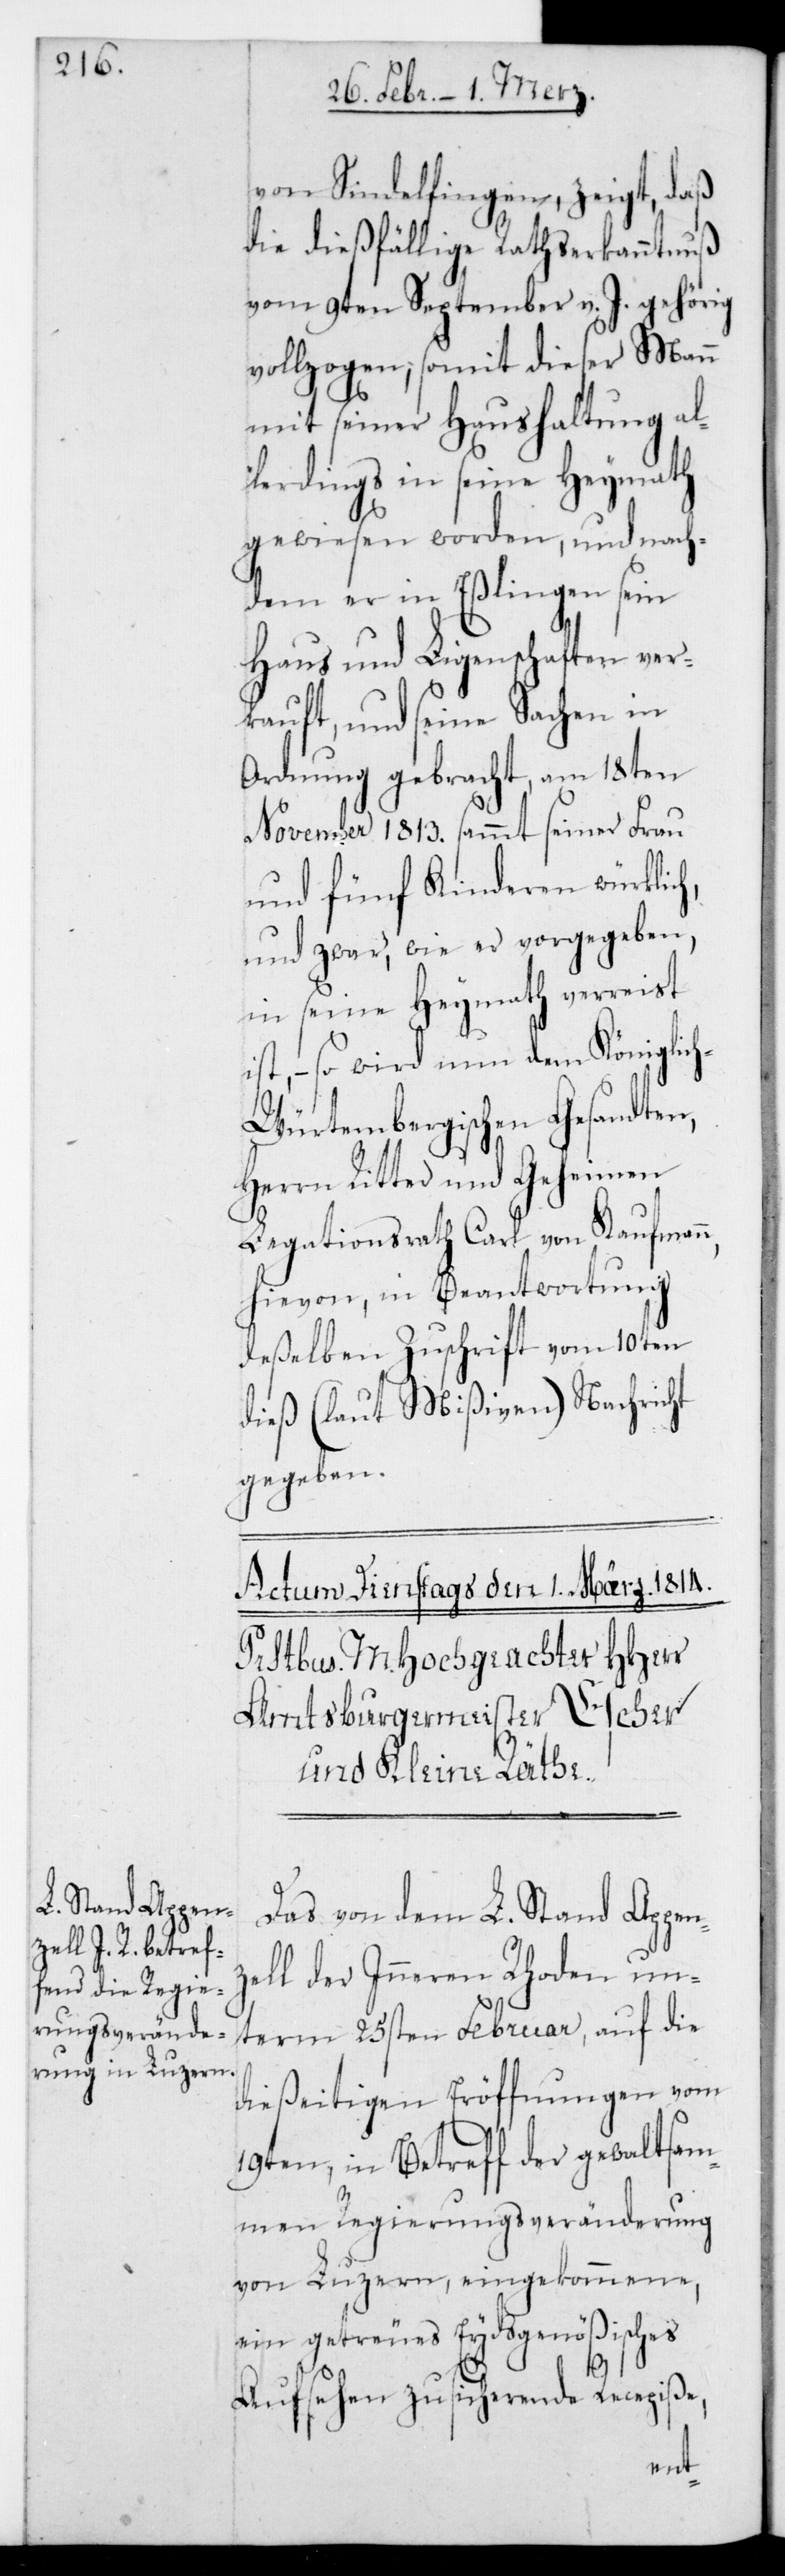
von Sindelfingen zeigt, daß
die dießfällige Rathserkanntnuß
vom 9ten September v. J. gehörig
vollzogen, somit dieser Mann
mit seiner Haushaltung al¬
lerdings in seine Heymath
gewiesen worden, und nach¬
dem er in Eßlingen sein
Haus und Ligenschaften ver¬
kauft, und seine Sachen in
Ordnung gebracht, am 18ten
November 1813. sammt seiner Frau
und fünf Kinderen würklich,
und zwar wie er vorgegeben,
in seine Heymath verreist
ist, – so wird nun dem Königlic¬
h-Würtembergischen Gesandten,
Herrn Ritter und Geheimen
Legationsrath Carl von Kaufman¬
hievon in Beantwortung
deßelben Zuschrift vom 10ten
dieß (laut Mißiven) Nachricht
gegeben.
Das von dem L. Stand Appen¬
zell der Inneren Rhoden un¬
dießeitigen Eröffnungen vom
19ten, in Betreff der gewaltsam¬
men Regierungsveränderung
von Luzern eingekommene,
ein getreues Eydsgenößisches
Aufsehen zusichernde Recepiße,
term